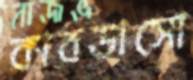
কারডাসো